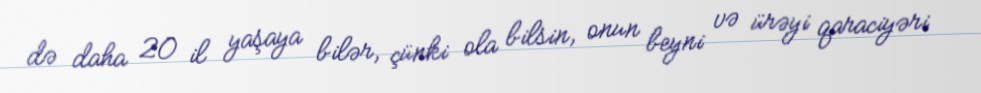
də daha 20 il yaşaya bilər, çünki ola bilsin, onun beyni və ürəyi qaraciyəri